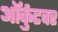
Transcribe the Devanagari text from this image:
ऑर्कुटवर